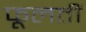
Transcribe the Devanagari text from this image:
फूलतीं